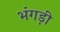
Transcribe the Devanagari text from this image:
भंगड़ी